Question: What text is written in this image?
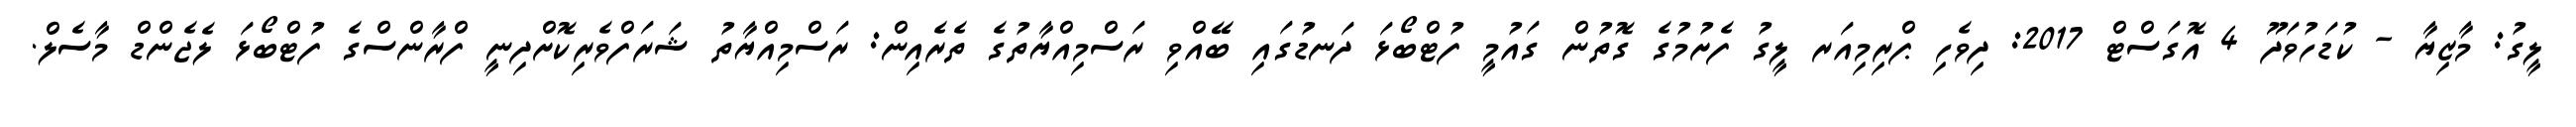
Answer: ލީގު: މާޒިޔާ - ކުޑަހުވަދޫ 4 އޮގަސްޓް 2017: ދިވެހި ޕްރިމިއަރ ލީގު ފެށުމުގެ ގޮތުން ގައުމީ ފުޓްބޯޅަ ދަނޑުގައި ބޭއްވި ރަސްމިއްޔާތުގެ ތެރެއިން: ރަސްމިއްޔާތު ޝަރަފްވެރިކޮށްދިނީ ފްރާންސްގެ ފުޓްބޯޅަ ލެޖެންޑް މާސެލް.